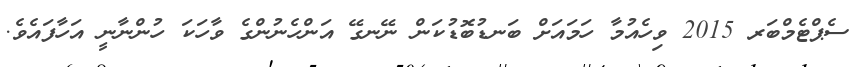
ސެޕްޓެމްބަރ 2015 ވިހެއުމާ ހަމައަށް ބަނޑުބޮޑުކަން ނޭނގޭ އަންހެނުންގެ ވާހަކަ ހުންނާނީ އަހާފައެވެ.